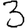
Digit: 3